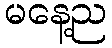
မနေ့ည